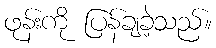
ဖုန်းကို ပြန်ချခဲ့သည်။